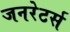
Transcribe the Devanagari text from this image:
जनरेटर्स